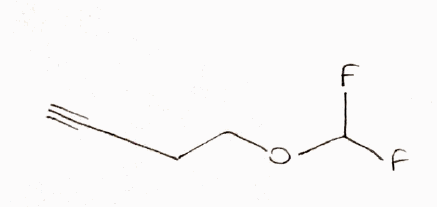
Simplified molecular-input line-entry system (SMILES) notation of the given molecule:
C#CCCOC(F)F